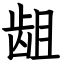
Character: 龃